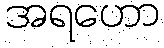
အရဟော